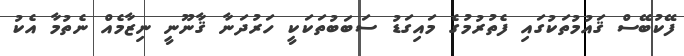
ފޭކުބޭސް ޤައުމުތަކުގައި ފެތުރުމުގެ މައިގަޑު ސަބަބުތަކަކީ ހަރުދަނާ ޤާނޫނީ ނިޒާމެއް ނެތުމާ އެކު